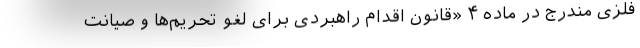
فلزی مندرج در ماده ۴ «قانون اقدام راهبردی برای لغو تحریم‌ها و صیانت